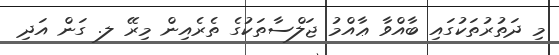
މި ދަތުރުތަކުގައި ބާއްވާ ޢާއްމު ޖަލްސާތަކުގެ ތެރެއިން މިރޭ ލ. ގަން އަދި